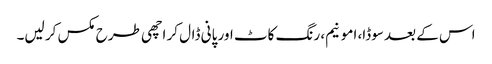
اس کے بعد سوڈا، امونیم، رنگ کاٹ اور پانی ڈال کر اچھی طرح مکس کر لیں۔